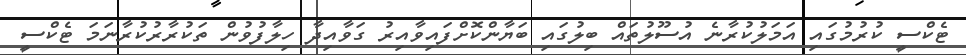
ޓެކްސީ ކުރުމުގައި އަމަލުކުރާނެ އުސޫލުތައް ބިލުގައި ބަޔާންކޮށްފައިވާއިރު ގަވާއިދާ ހިލާފުވުން ތަކުރާރުކުރާނަމަ ޓެކްސީ